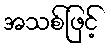
အသစ်ဖြင့်